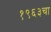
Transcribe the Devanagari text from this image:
१९६३चा